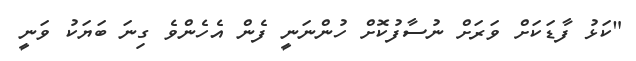
"ކަޅު ފާޑަކަށް ވަރަށް ނުސާފުކޮށް ހުންނަނީ ފެން އެހެންވެ ގިނަ ބަޔަކު ވަނީ